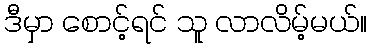
ဒီမှာ စောင့်ရင် သူ လာလိမ့်မယ်။